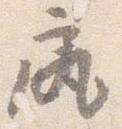
尻